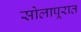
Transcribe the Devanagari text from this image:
सोलापूरात